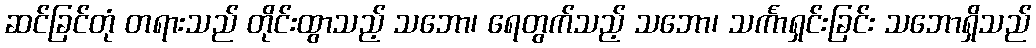
ဆင်ခြင်တုံ တရားသည် တိုင်းထွာသည့် သဘော၊ ရေတွက်သည့် သဘော၊ သင်္ကာရှင်းခြင်း သဘောရှိသည်